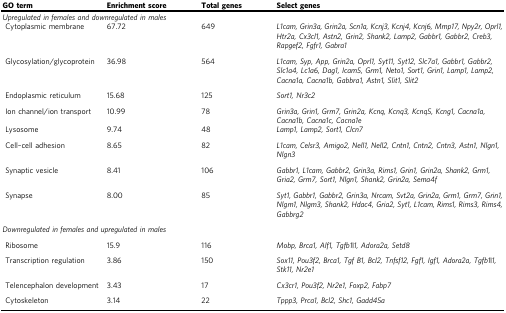
<table><thead><tr><td><b>GO term</b></td><td><b>Enrichment score</b></td><td><b>Total genes</b></td><td><b>Select genes</b></td></tr></thead><tbody><tr><td colspan="4"><i>Upregulated in females and downregulated in males</i></td></tr><tr><td> Cytoplasmic membrane</td><td>67.72</td><td>649</td><td><i>L1cam, Grin3a, Grin2a, Scn1a, Kcnj3, Kcnj4, Kcnj6, Mmp17, Npy2r, Oprl1, Htr2a, Cx3cl1, Astn2, Grin2, Shank2, Lamp2, Gabbr1, Gabbr2, Creb3, Rapgef2, Fgfr1, Gabra1</i></td></tr><tr><td> Glycosylation/glycoprotein</td><td>36.98</td><td>564</td><td><i>L1cam, Syp, App, Grin2a, Oprl1, Syt11, Syt12, Slc7a1, Gabbr1, Gabbr2, Slc1a4, Lc1a6, Dag1, Icam5, Grm1, Neto1, Sort1, Grin1, Lamp1, Lamp2, Cacna1a, Cacna1b, Gabbra1, Astn1, Slit1, Slit2</i></td></tr><tr><td> Endoplasmic reticulum</td><td>15.68</td><td>125</td><td><i>Sort1, Nr3c2</i></td></tr><tr><td> Ion channel/ion transport</td><td>10.99</td><td>78</td><td><i>Grin3a, Grin1, Grm7, Grin2a, Kcnq, Kcnq3, Kcnq5, Kcng1, Cacna1a, Cacna1b, Cacna1c, Cacna1e</i></td></tr><tr><td> Lysosome</td><td>9.74</td><td>48</td><td><i>Lamp1, Lamp2, Sort1, Clcn7</i></td></tr><tr><td> Cell–cell adhesion</td><td>8.65</td><td>82</td><td><i>L1cam, Celsr3, Amigo2, Nell1, Nell2, Cntn1, Cntn2, Cntn3, Astn1, Nlgn1, Nlgn3</i></td></tr><tr><td> Synaptic vesicle</td><td>8.41</td><td>106</td><td><i>Gabbr1, L1cam, Gabbr2, Grin3a, Rims1, Grin1, Grin2a, Shank2, Grm1, Gria2, Grm7, Sort1, Nlgn1, Shank2, Grin2a, Sema4f</i></td></tr><tr><td> Synapse</td><td>8.00</td><td>85</td><td><i>Syt1, Gabbr1, Gabbr2, Grin3a, Nrcam, Svt2a, Grin2a, Grm1, Grm7, Grin1, Nlgm1, Nlgm3, Shank2, Hdac4, Gria2, Syt1, L1cam, Rims1, Rims3, Rims4, Gabbrg2</i></td></tr><tr><td colspan="4"><i>Downregulated in females and upregulated in males</i></td></tr><tr><td> Ribosome</td><td>15.9</td><td>116</td><td><i>Mobp, Brca1, Alf1, Tgfb1|1, Adora2a, Setd8</i></td></tr><tr><td> Transcription regulation</td><td>3.86</td><td>150</td><td><i>Sox11, Pou3f2, Brca1, Tgf B1, Bcl2, Tnfsf12, Fgf1, Igf1, Adora2a, Tgfb1|1, Stk11, Nr2e1</i></td></tr><tr><td> Telencephalon development</td><td>3.43</td><td>17</td><td><i>Cx3cr1, Pou3f2, Nr2e1, Foxp2, Fabp7</i></td></tr><tr><td> Cytoskeleton</td><td>3.14</td><td>22</td><td><i>Tppp3, Prca1, Bcl2, Shc1, Gadd45a</i></td></tr></tbody></table>